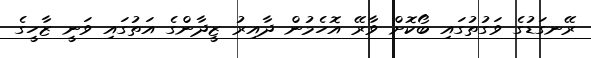
ރޭނގަޑުގެ ވަގުތުގައި ބޯކޮށް ވާރޭ އޮހެމުން ދާއިރު ޒީދާންގެ އަތުގައި ވަނީ ޒާހީގެ